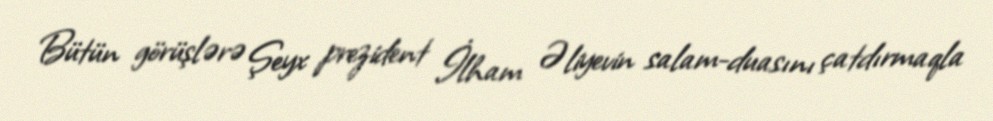
Bütün görüşlərə Şeyx prezident İlham Əliyevin salam-duasını çatdırmaqla